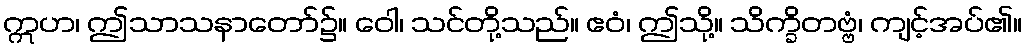
ဣဟ၊ ဤသာသနာတော်၌။ ဝေါ၊ သင်တို့သည်။ ဧဝံ၊ ဤသို့။ သိက္ခိတဗ္ဗံ၊ ကျင့်အပ်၏။